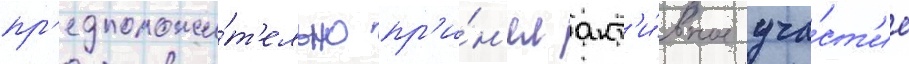
пр'едположи́т'ельно пр'и́н'ял акт'и́вное уча́ст'ие